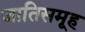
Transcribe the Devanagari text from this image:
जातिसमूह